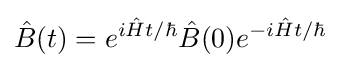
{\hat {B}}(t)=e^{i{\hat {H}}t/\hbar }{\hat {B}}(0)e^{-i{\hat {H}}t/\hbar }